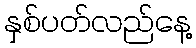
နှစ်ပတ်လည်နေ့